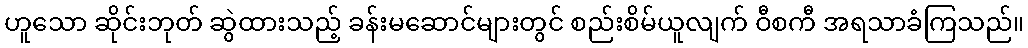
ဟူသော ဆိုင်းဘုတ် ဆွဲထားသည့် ခန်းမဆောင်များတွင် စည်းစိမ်ယူလျက် ဝီစကီ အရသာခံကြသည်။